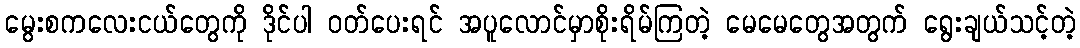
မွေးစကလေးငယ်တွေကို ဒိုင်ပါ ဝတ်ပေးရင် အပူလောင်မှာစိုးရိမ်ကြတဲ့ မေမေတွေအတွက် ရွေးချယ်သင့်တဲ့